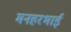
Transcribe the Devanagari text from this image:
मनहरभाई